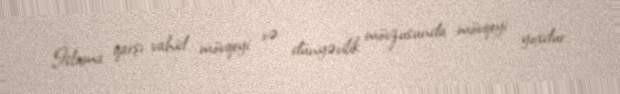
İslama qarşı vahid mövqeyi və dünyəvilik mövzusunda mövqeyi yoxdur.